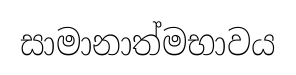
සාමානාත්මභාවය